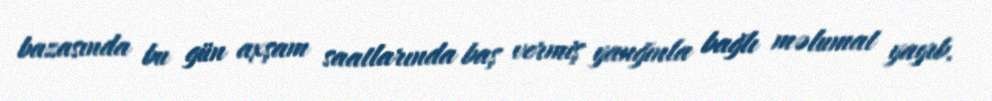
bazasında bu gün axşam saatlarında baş vermiş yanğınla bağlı məlumat yayıb.